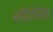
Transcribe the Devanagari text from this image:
शॉलोम